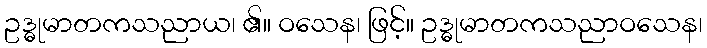
ဥဒ္ဓုမာတကသညာယ၊ ၏။ ဝသေန၊ ဖြင့်။ ဥဒ္ဓုမာတကသညာဝသေန၊